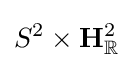
S^{2}\times \mathbf {H} _{\mathbb {R} }^{2}